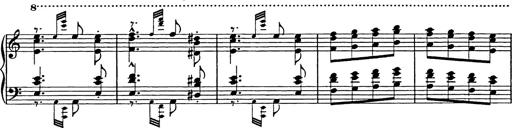
Title: Galop in A minor
Composer: Franz Liszt
Key: A minor